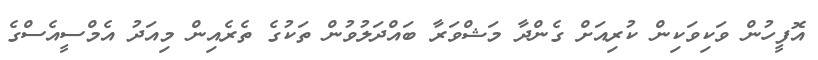
އޮފީހުން ވަކިވަކިން ކުރިއަށް ގެންދާ މަޝްވަރާ ބައްދަލުވުން ތަކުގެ ތެރެއިން މިއަދު އެމްސީއެސްގެ